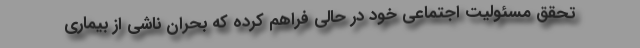
تحقق مسئولیت اجتماعی خود در حالی فراهم کرده که بحران ناشی از بیماری